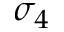
\sigma _ { 4 }